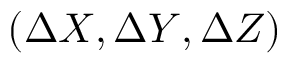
( \Delta { X } , \Delta { Y } , \Delta { Z } )